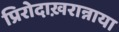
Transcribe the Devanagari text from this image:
प्रिरोदाख़रान्नाया